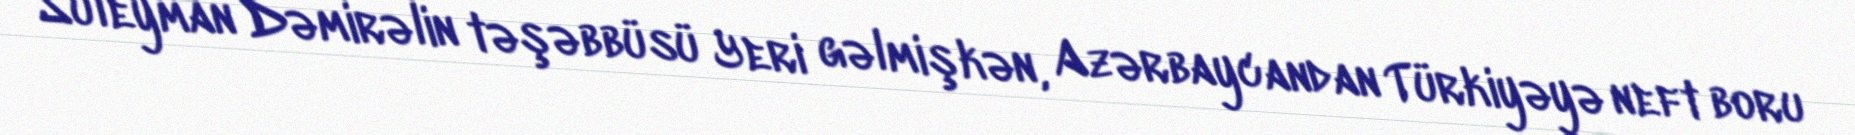
Süleyman Dəmirəlin təşəbbüsü Yeri gəlmişkən, Azərbaycandan Türkiyəyə neft boru